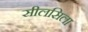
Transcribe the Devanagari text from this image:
सीलसिला